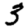
Digit: 3